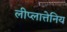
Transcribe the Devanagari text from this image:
लीप्लात्तेनिय